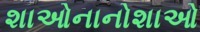
શાઓનાનોશાઓ